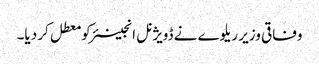
وفاقی وزیر ریلوے نے ڈویژنل انجینئر کو معطل کر دیا۔